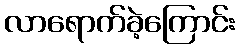
လာရောက်ခဲ့ကြောင်း